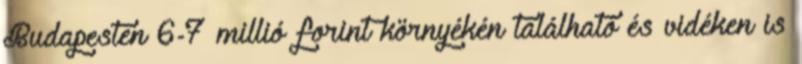
Budapesten 6-7 millió forint környékén található és vidéken is